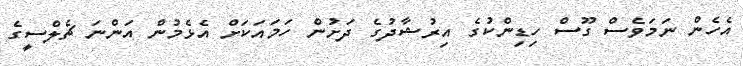
އެހެން ނަމަވެސް ގޫސް ހިޑިންކުގެ އިރުޝާދުގެ ދަށުން ހަމައަކަށް އެޅެމުން އަންނަ ޗެލްސީގެ